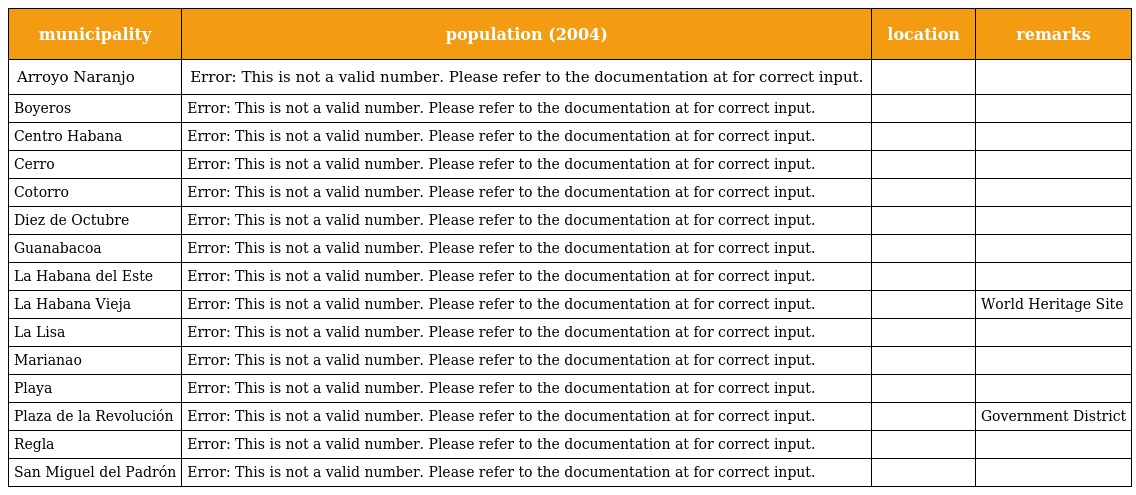
| municipality | population (2004) | location | remarks |
 | --- | --- | --- | --- |
 | Arroyo Naranjo | Error: This is not a valid number. Please refer to the documentation at for correct input. |  |  |
 | Boyeros | Error: This is not a valid number. Please refer to the documentation at for correct input. |  |  |
 | Centro Habana | Error: This is not a valid number. Please refer to the documentation at for correct input. |  |  |
 | Cerro | Error: This is not a valid number. Please refer to the documentation at for correct input. |  |  |
 | Cotorro | Error: This is not a valid number. Please refer to the documentation at for correct input. |  |  |
 | Diez de Octubre | Error: This is not a valid number. Please refer to the documentation at for correct input. |  |  |
 | Guanabacoa | Error: This is not a valid number. Please refer to the documentation at for correct input. |  |  |
 | La Habana del Este | Error: This is not a valid number. Please refer to the documentation at for correct input. |  |  |
 | La Habana Vieja | Error: This is not a valid number. Please refer to the documentation at for correct input. |  | World Heritage Site |
 | La Lisa | Error: This is not a valid number. Please refer to the documentation at for correct input. |  |  |
 | Marianao | Error: This is not a valid number. Please refer to the documentation at for correct input. |  |  |
 | Playa | Error: This is not a valid number. Please refer to the documentation at for correct input. |  |  |
 | Plaza de la Revolución | Error: This is not a valid number. Please refer to the documentation at for correct input. |  | Government District |
 | Regla | Error: This is not a valid number. Please refer to the documentation at for correct input. |  |  |
 | San Miguel del Padrón | Error: This is not a valid number. Please refer to the documentation at for correct input. |  |  |